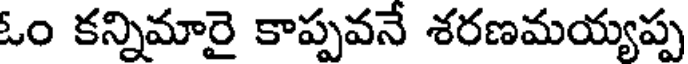
ఓం కన్నిమారై కాప్పవనే శరణమయ్యప్ప